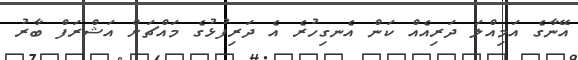
އޭނާގެ އަމިއްލަ ދަރިއެއް ކަން އެނގިހުރެ އެ ދަރިފުޅުގެ މައްޗަށް އަޝްރަފް ބާރު